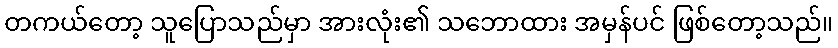
တကယ်တော့ သူပြောသည်မှာ အားလုံး၏ သဘောထား အမှန်ပင် ဖြစ်တော့သည်။